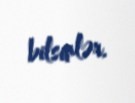
bilsinlər.